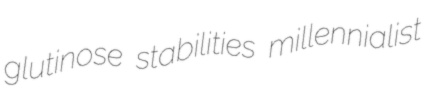
glutinose stabilities millennialist